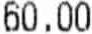
60.00